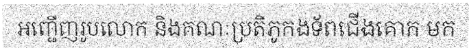
អញ្ជើញរូបលោក និងគណៈប្រតិភូកងទ័ពជើងគោក មក